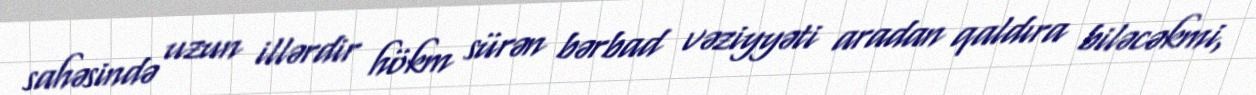
sahəsində uzun illərdir hökm sürən bərbad vəziyyəti aradan qaldıra biləcəkmi,